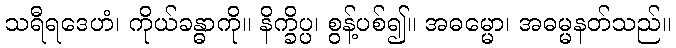
သရီရဒေဟံ၊ ကိုယ်ခန္ဓာကို။ နိက္ခိပ္ပ၊ စွန့်ပစ်၍။ အဓမ္မော၊ အဓမ္မနတ်သည်။